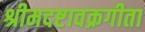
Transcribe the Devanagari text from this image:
श्रीमदष्टावक्रगीता